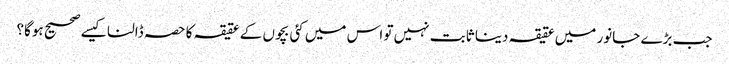
جب بڑے جانور میں عقیقہ دینا ثابت نہیں تو اس میں کئی بچوں کے عقیقہ کا حصہ ڈالنا کیسے صحیح ہوگا؟